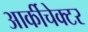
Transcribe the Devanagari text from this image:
आर्कीचेक्टर